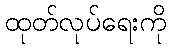
ထုတ်လုပ်ရေးကို